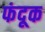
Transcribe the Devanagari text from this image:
फंदूक